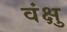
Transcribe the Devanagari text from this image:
वंक्षु